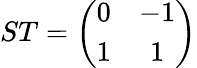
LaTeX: ST=\left(\begin{array}{cc}{{0}}&{{-1}}\\ {{1}}&{{1}}\end{array}\right)